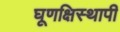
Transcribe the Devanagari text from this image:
घूणक्षिस्थापी